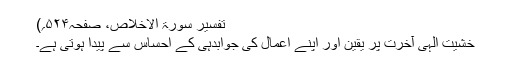
تفسیر سورۃ الاخلاص، صفحہ۵۲۴؍)
خشیت الہی آخرت پر یقین اور اپنے اعمال کی جوابدہی کے احساس سے پیدا ہوتی ہے۔